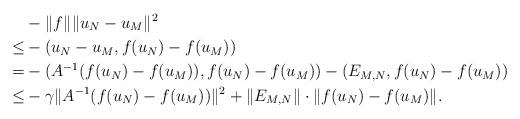
LaTeX: \begin{align*}& -\|f\|_{} \|u_N-u_M\|^2 \\\le & -(u_N-u_M,f(u_N)-f(u_M)) \\= & -(A^{-1}(f(u_N)-f(u_M)),f(u_N)-f(u_M))-(E_{M,N},f(u_N)-f(u_M)) \\\le & -\gamma\|A^{-1}(f(u_N)-f(u_M))\|^2+\|E_{M,N}\|\cdot\|f(u_N)-f(u_M)\|. \end{align*}